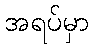
အရပ်မှာ